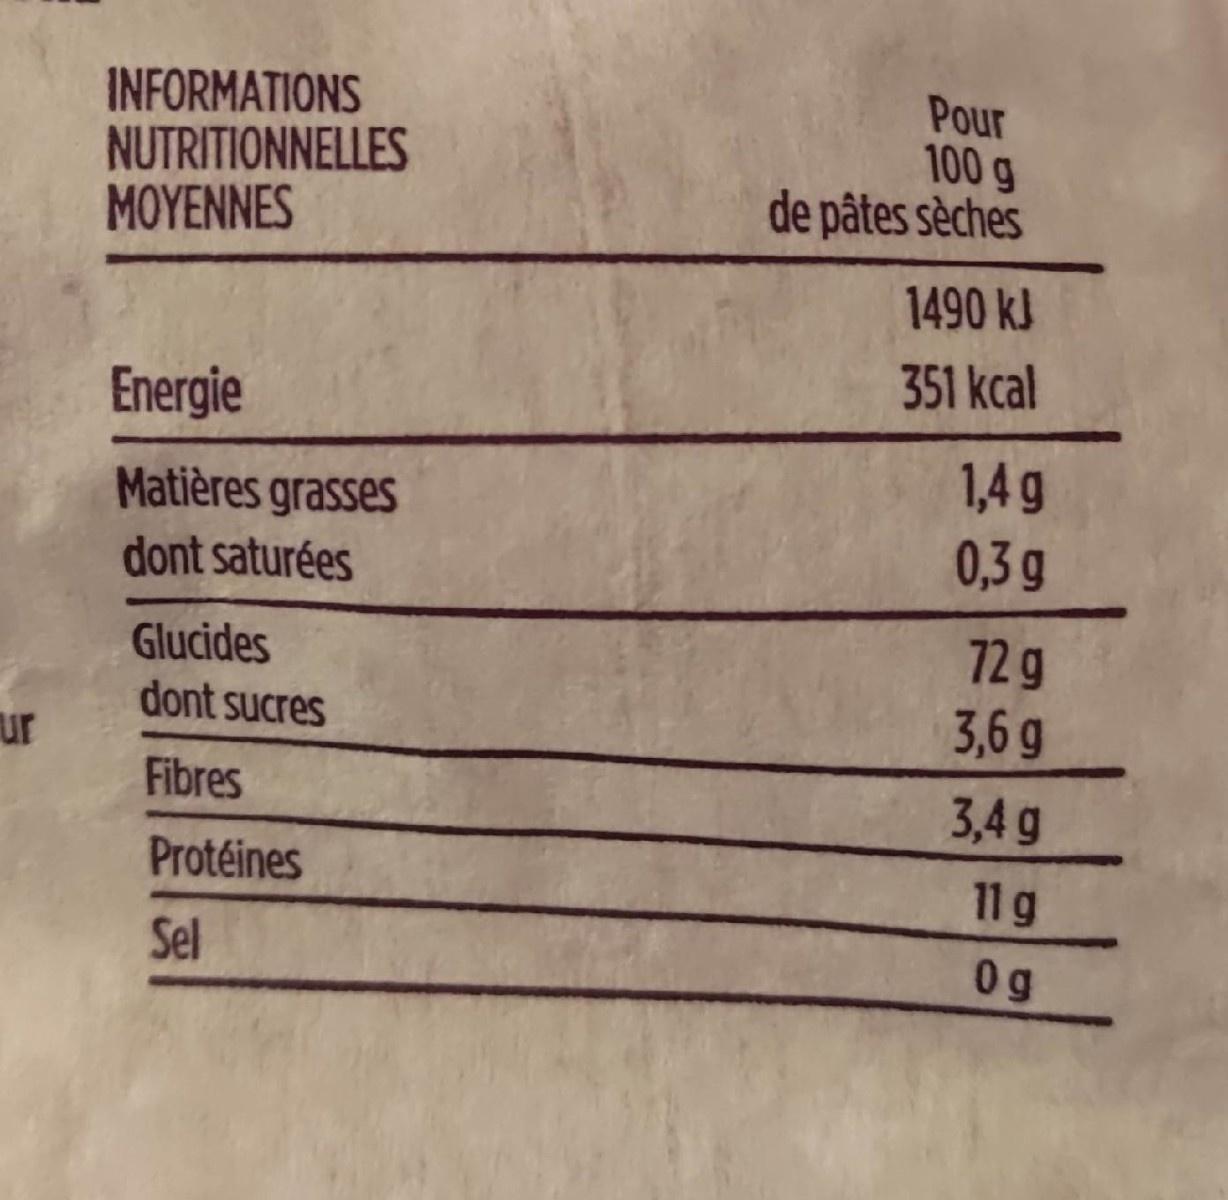
INFORMATIONS NUTRITIONNELLES ΜΟΥΕΝNES
Pour 100 g de pâtes sèches
1490 kJ
351 kcal
Energie
1,4 g 0,3g
Matières grasses
dont saturées
Glucides dont sucres
72g 3,6 g
ur
Fibres
3,4 g
Protéines
11g
Sel
0 g